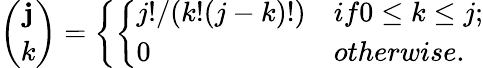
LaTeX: {\binom{\mathbf{j}}{k}}=\left\{ \left\{ \begin{array}{ll}{{j!/(k!(j-k)!)}}&{{if0\le k\le j;}}\\ {{0}}&{{otherwise.}}\end{array}\right.\right.